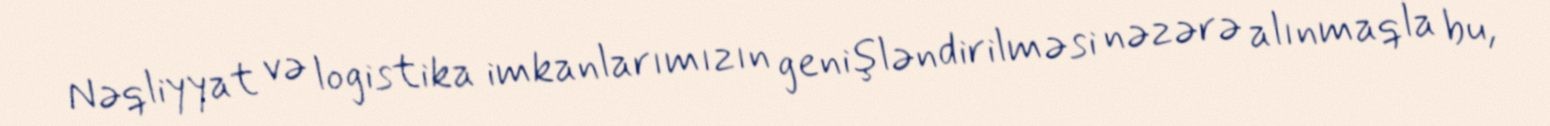
Nəqliyyat və logistika imkanlarımızın genişləndirilməsi nəzərə alınmaqla bu,